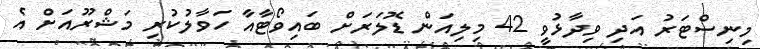
މިނިސްޓަރު އަދި ވިދާޅުވީ 42 މިލިއަން ޑޮލަރަށް ބައިވޯޓާއާ ހަވާލުކުރި މަޝްރޫއަށް އެ